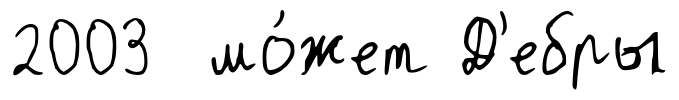
2003 мо́жет Д'ебры